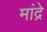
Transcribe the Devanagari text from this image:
मांद्रे